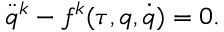
\ddot { q } ^ { k } - f ^ { k } ( \tau , q , \dot { q } ) = 0 .